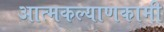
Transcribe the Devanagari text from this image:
आत्मकल्याणकामी